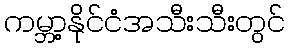
ကမ္ဘာ့နိုင်ငံအသီးသီးတွင်